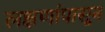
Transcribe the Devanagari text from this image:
लक्षणांपासून